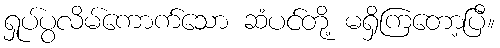
ရှုပ်ပွလိမ်ကောက်သော ဆံပင်တို့ မရှိကြတော့ပြီ။